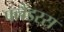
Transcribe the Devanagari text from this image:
फ्लैंडरस